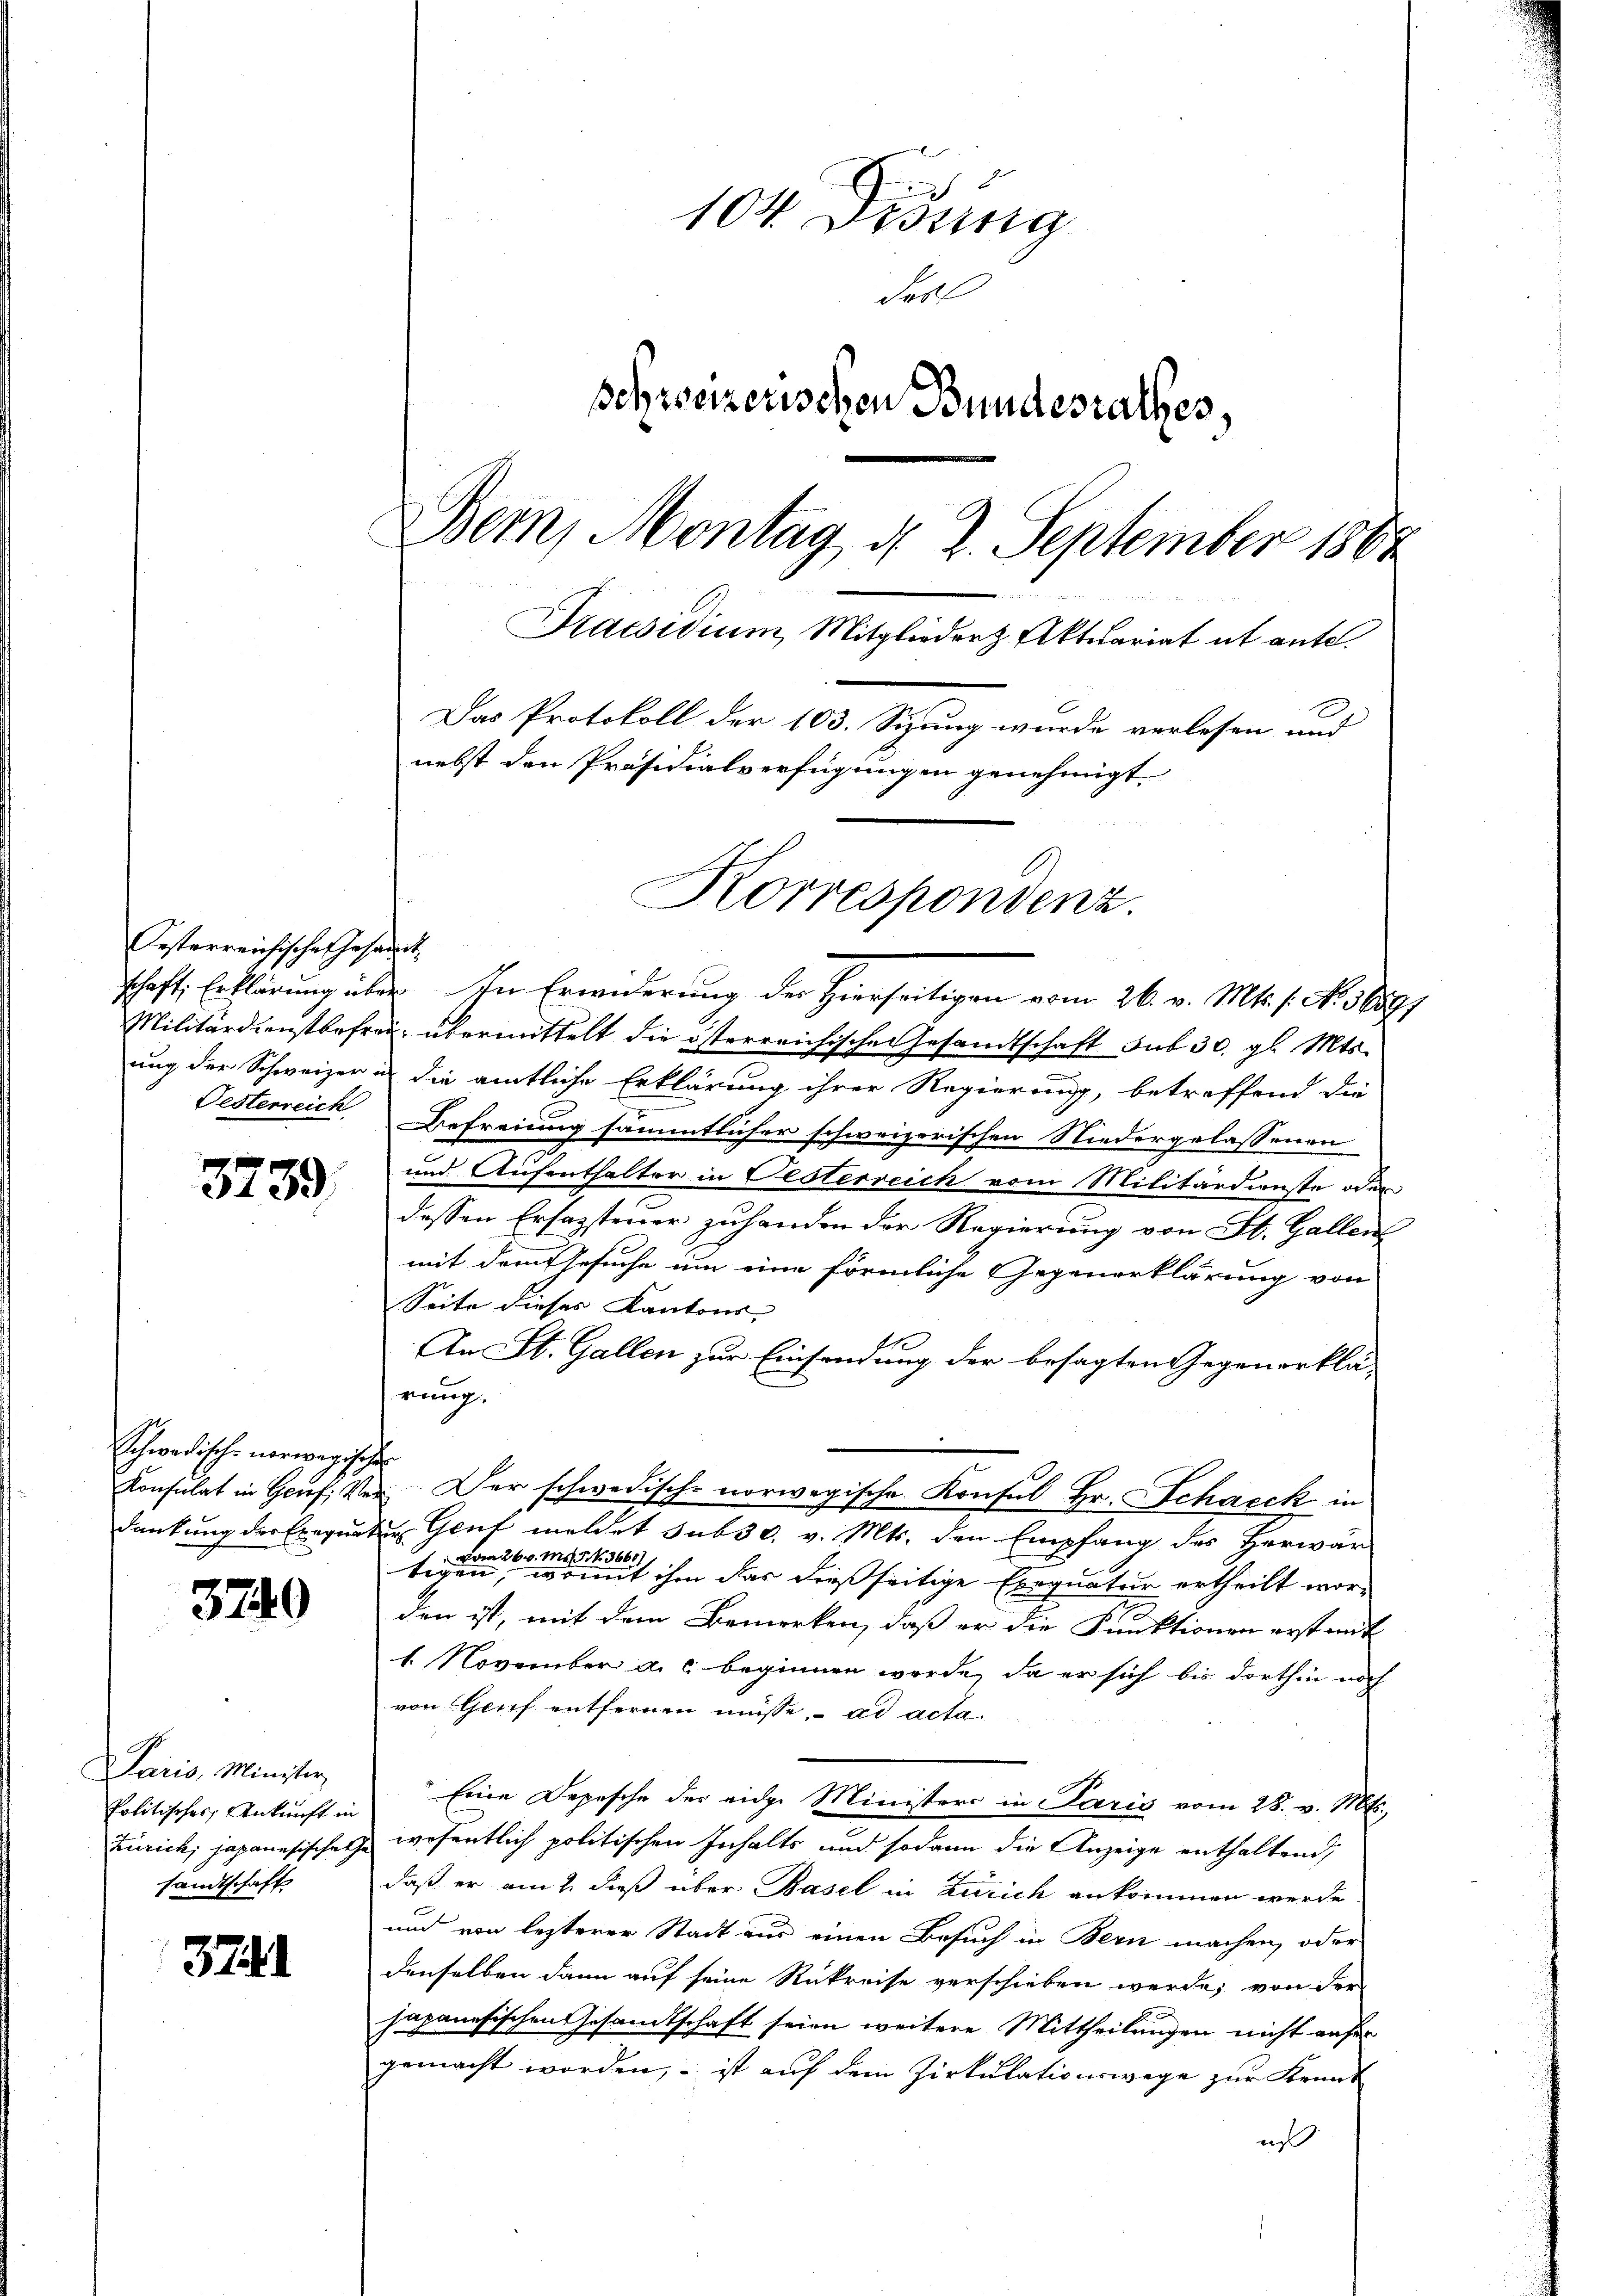
Oesterreichische Gesandt

3739

Schwedische norwegische
dankung der Exequat

3740

Paris, Minister,
Politisches Ankunft in
Zürich, japanesische Ge
sandtschaft

374

104 Didung
des
schweizerischen Bundesrathes.
Bern, Montag d. 2. September 1864
Praesidium, Mitglieder Aktuariat ut ante.
Das Protokoll der 103. Sizung wurde verlesen und
nebst den Präsidialverfügungen genehmigt.

schaft, Erklärung über in Erwiderung der Hierseitigen vom 26. v. Mts. 1. No. 1889/
Militärdienstbefrei, übermittelt die österreichischen Gesandtschaft sub 30. gl. Mts.
ung der Schweizer in die amtliche Erklärung ihrer Regierung, betreffend die
Festerreich. Befreiung sämmtlicher schweizerischen Niedergelassenen
und Aufenthalter in Oesterreich vom Militärdienste oder
dessen Ersazsteuer zuhanden der Regierung von St. Gallen
mit dem Gesuche um eine förmliche Gegenerklärung von
Seite dieser Kantons-
An St. Gallen zur Einsendung der besagten Gegenerklä-
rung.
.
Konsulat in Genf, Ver. Der schwedische norwegische Konsul Hr. Schacek in
for
Genf meldet sub 30. v. Mts. den Empfang des Herwär
vom 26. d. Ms. 5. No. 3668).
tigen, womit ihm das dießseitige Exequatur ertheilt wors
den ist, mit dem Bemerken, daß er die Funktionen erst mit
1. November a. c. beginnen werde, da er sich bis dorthin noch
von Genf entfernen müsse, ad acta
Eine Depesche des eidg. Ministers in Paris vom 28. v. Mts.,
wesentlich politischen Inhalts und sodann die Anzeige enthaltend,
daß er am 2. dieß über Basel in Zürich ankommen werde
und von lezterer Stadt aus einen Besuch in Bern machen, oder
denselben dann auf seine Rükreise verschieben werde, von der
sapanesischen Gesamtschaft seien weitere Mittheilungen nicht anfer
gemacht worden, – ist auf dem Zirkulationswege zur Krank
is

Korrespondenz.